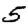
Digit: 5